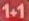
1+1